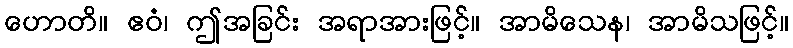
ဟောတိ။ ဧဝံ၊ ဤအခြင်း အရာအားဖြင့်။ အာမိသေန၊ အာမိသဖြင့်။